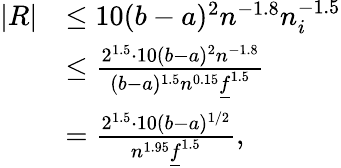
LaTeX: \begin{array}{rl}{|R|}&{\le 10(b-a)^{2}n^{-1.8}n_{i}^{-1.5}}\\ &{\le\frac{2^{1.5}\cdot 10(b-a)^{2}n^{-1.8}}{(b-a)^{1.5}n^{0.15}\underline{{f}}^{1.5}}}\\ &{=\frac{2^{1.5}\cdot 10(b-a)^{1/2}}{n^{1.95}\underline{{f}}^{1.5}},}\end{array}